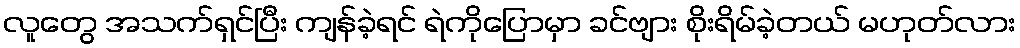
လူတွေ အသက်ရှင်ပြီး ကျန်ခဲ့ရင် ရဲကိုပြောမှာ ခင်ဗျား စိုးရိမ်ခဲ့တယ် မဟုတ်လား